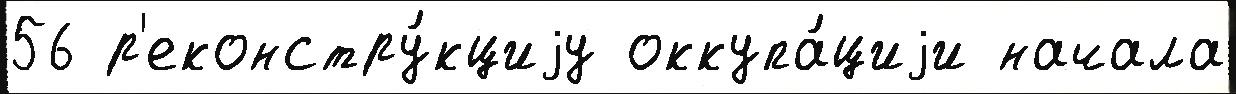
56 р'еконстру́кциjу оккупа́циjи начала